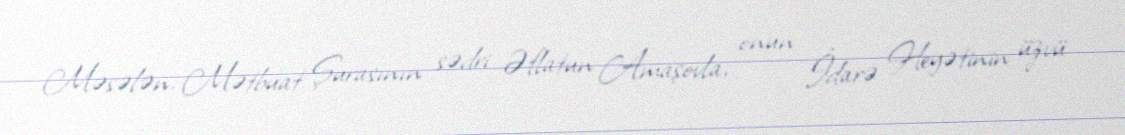
Məsələn, Mətbuat Şurasının sədri Əflatun Amaşovla, onun İdarə Heyətinin üzvü